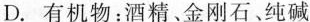
D.有机物：酒精、金刚石、纯碱